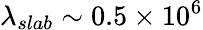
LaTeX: \lambda_{slab}\sim 0.5\times 10^{6}